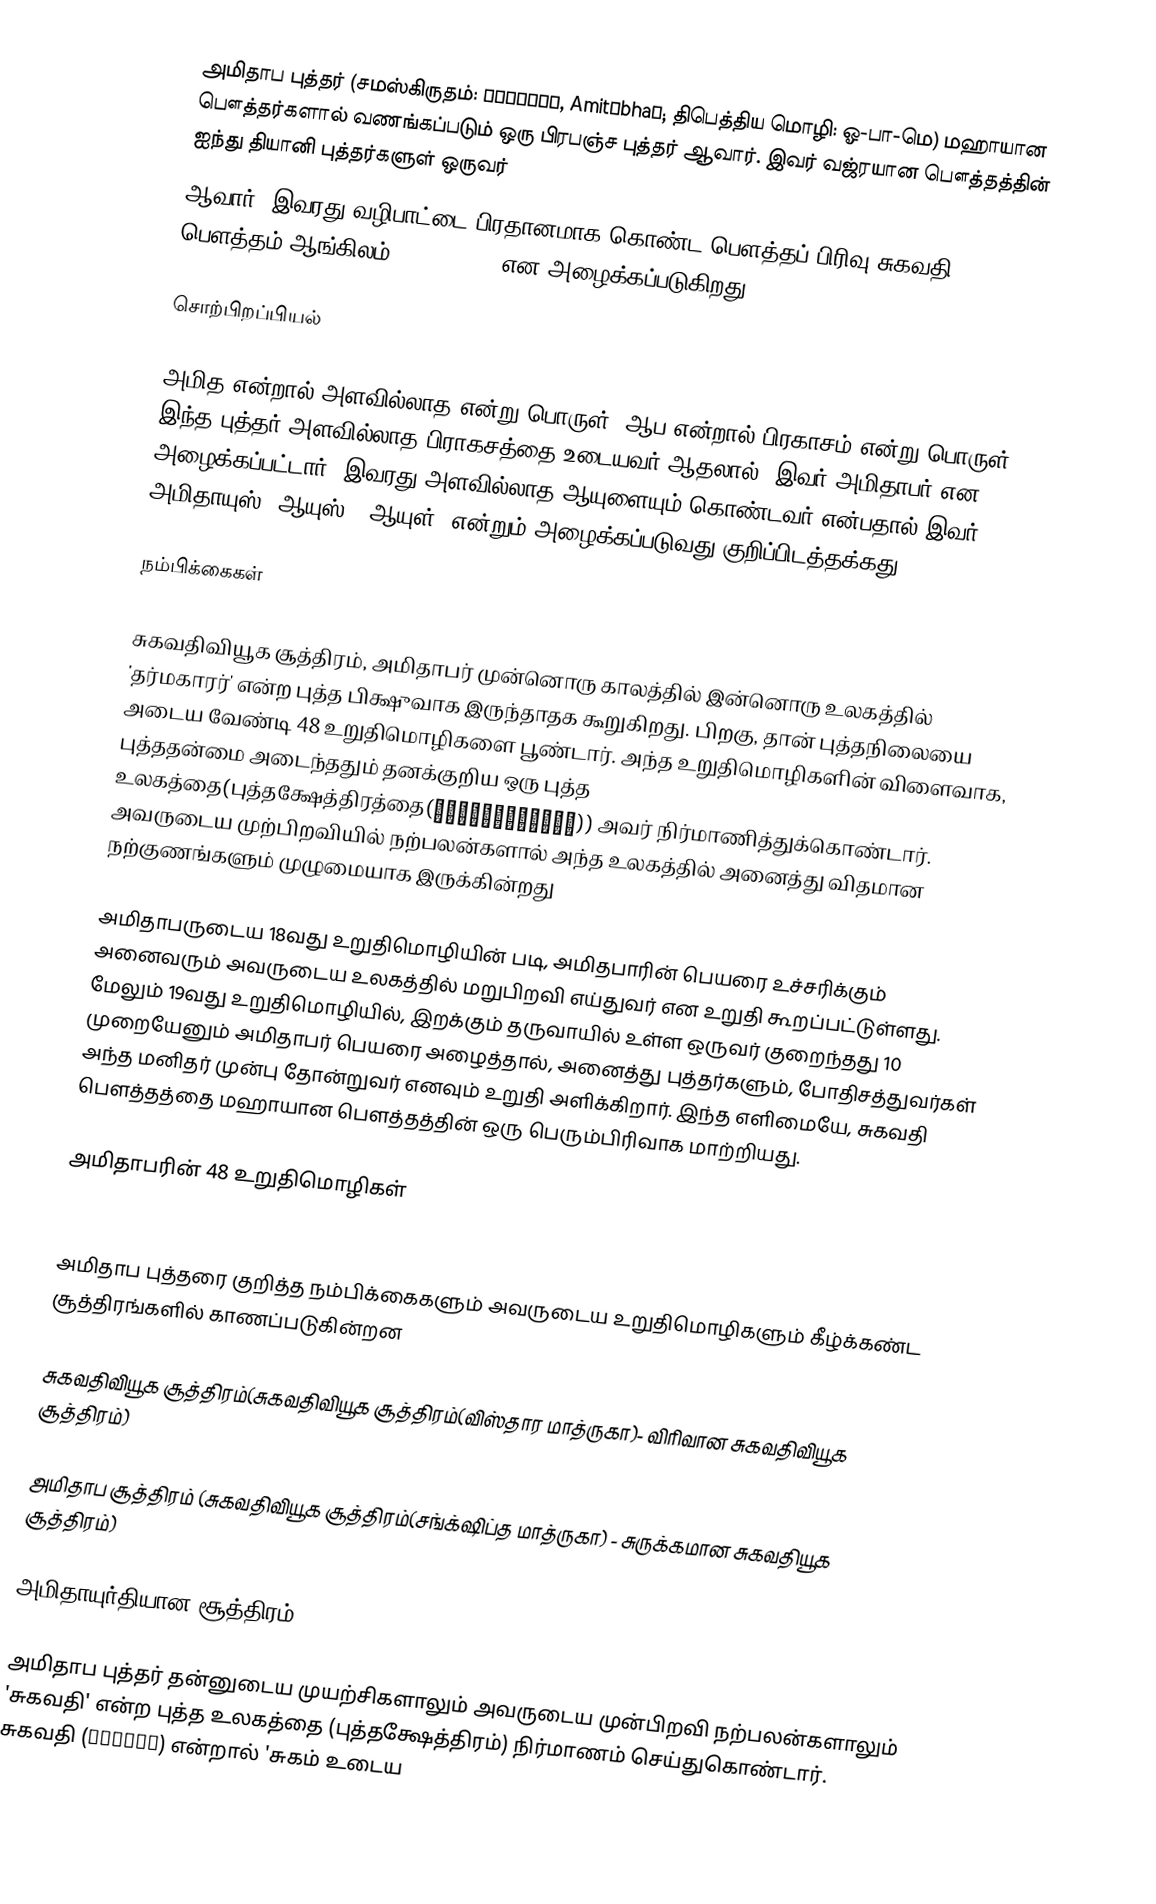
அமிதாப புத்தர் (சமஸ்கிருதம்: अमिताभः, Amitābhaḥ; திபெத்திய மொழி: ஓ-பா-மெ) மஹாயான பௌத்தர்களால் வணங்கப்படும் ஒரு பிரபஞ்ச புத்தர் ஆவார். இவர் வஜ்ரயான பௌத்தத்தின் ஐந்து தியானி புத்தர்களுள் ஒருவர்
ஆவார். இவரது வழிபாட்டை பிரதானமாக கொண்ட பௌத்தப் பிரிவு சுகவதி பௌத்தம்(ஆங்கிலம்: Pure Land) என அழைக்கப்படுகிறது.

சொற்பிறப்பியல்

அமித என்றால் அளவில்லாத என்று பொருள், ஆப என்றால் பிரகாசம் என்று பொருள். இந்த புத்தர் அளவில்லாத பிராகசத்தை உடையவர் ஆதலால், இவர் அமிதாபர் என அழைக்கப்பட்டார். இவரது அளவில்லாத ஆயுளையும் கொண்டவர் என்பதால் இவர் அமிதாயுஸ் (ஆயுஸ் - ஆயுள்) என்றும் அழைக்கப்படுவது குறிப்பிடத்தக்கது.

நம்பிக்கைகள்

சுகவதிவியூக சூத்திரம், அமிதாபர் முன்னொரு காலத்தில் இன்னொரு உலகத்தில் 'தர்மகாரர்' என்ற புத்த பிக்ஷுவாக இருந்தாதக கூறுகிறது. பிறகு, தான் புத்தநிலையை அடைய வேண்டி 48 உறுதிமொழிகளை பூண்டார். அந்த உறுதிமொழிகளின் விளைவாக, புத்ததன்மை அடைந்ததும் தனக்குறிய ஒரு புத்த உலகத்தை(புத்தக்ஷேத்திரத்தை(बुद्धक्षेत्र)) அவர் நிர்மாணித்துக்கொண்டார். அவருடைய முற்பிறவியில் நற்பலன்களால் அந்த உலகத்தில் அனைத்து விதமான நற்குணங்களும் முழுமையாக இருக்கின்றது

அமிதாபருடைய 18வது உறுதிமொழியின் படி, அமிதபாரின் பெயரை உச்சரிக்கும் அனைவரும் அவருடைய உலகத்தில் மறுபிறவி எய்துவர் என உறுதி கூறப்பட்டுள்ளது. மேலும் 19வது உறுதிமொழியில், இறக்கும் தருவாயில் உள்ள ஒருவர் குறைந்தது 10 முறையேனும் அமிதாபர் பெயரை அழைத்தால், அனைத்து புத்தர்களும், போதிசத்துவர்கள் அந்த மனிதர் முன்பு தோன்றுவர் எனவும் உறுதி அளிக்கிறார். இந்த எளிமையே, சுகவதி பௌத்தத்தை மஹாயான பௌத்தத்தின் ஒரு பெரும்பிரிவாக மாற்றியது.

அமிதாபரின் 48 உறுதிமொழிகள்
</div>

அமிதாப புத்தரை குறித்த நம்பிக்கைகளும் அவருடைய உறுதிமொழிகளும் கீழ்க்கண்ட சூத்திரங்களில் காணப்படுகின்றன

 சுகவதிவியூக சூத்திரம்(சுகவதிவியூக சூத்திரம்(விஸ்தார மாத்ருகா)- விரிவான சுகவதிவியூக சூத்திரம்)

 அமிதாப சூத்திரம் (சுகவதிவியூக சூத்திரம்(சங்க்‌ஷிப்த மாத்ருகா) - சுருக்கமான சுகவதியூக சூத்திரம்)

 அமிதாயுர்தியான சூத்திரம்

அமிதாப புத்தர் தன்னுடைய முயற்சிகளாலும் அவருடைய முன்பிறவி நற்பலன்களாலும் 'சுகவதி' என்ற புத்த உலகத்தை (புத்தக்ஷேத்திரம்) நிர்மாணம் செய்துகொண்டார். சுகவதி (सुखवति) என்றால் 'சுகம் உடைய